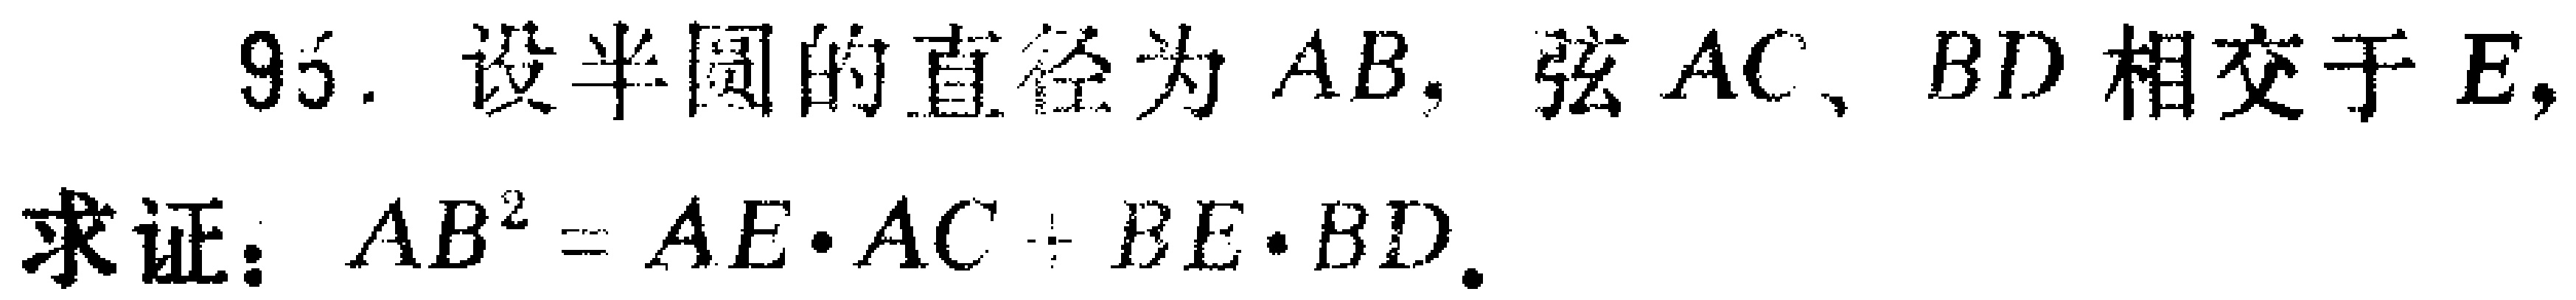
95. 设半圆的直径为 \(AB\)，弦 \(AC\)、\(BD\) 相交于 \(E\)，

求证：\(AB^{2}=AE\cdot AC + BE\cdot BD\)。